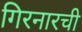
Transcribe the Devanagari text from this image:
गिरनारची